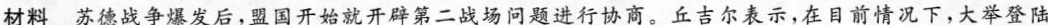
材料苏德战争爆发后，盟国开始就开辟第二战场问题进行协商。丘吉尔表示，在目前情况下，大举登陆